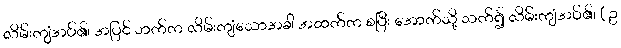
လိမ်းကျံအပ်၏၊ အပြင် ဘက်က လိမ်းကျံသောအခါ အထက်က စပြီး အောက်သို့ သက်၍ လိမ်းကျံအပ်၏၊ ( ဥ